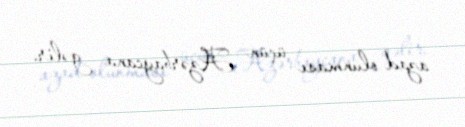
azad olunması üçün Azərbaycana gəlir.